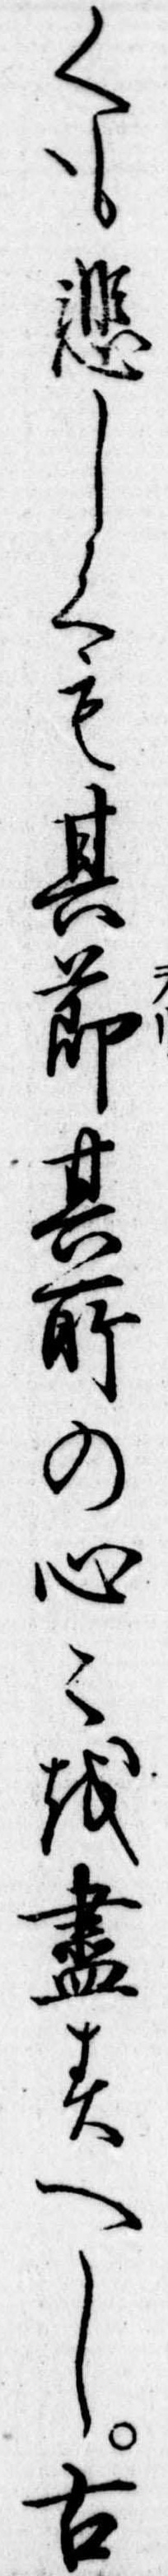
くも悲しくも其節其所の心を尽すへし古